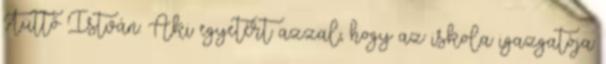
Tüttő István: Aki egyetért azzal, hogy az iskola igazgatója